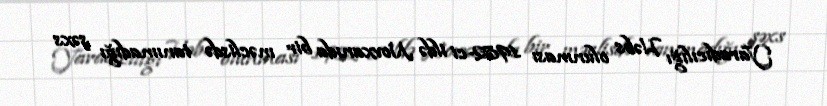
Yaradıcılığı Həbs olunması 1982-ci ildə Novxanıda bir məclisdə tanımadığı şəxs